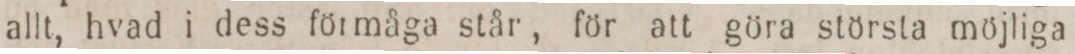
allt, hvad i dess förmåga står, för att göra största möjliga